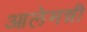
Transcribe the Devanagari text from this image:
आलेमन्नी